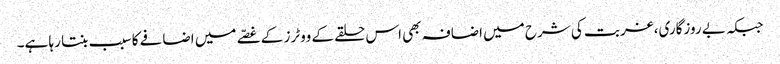
جبکہ بے روزگاری،غربت کی شرح میں اضافہ بھی اس حلقے کے ووٹرز کے غصّے میں اضافے کا سبب بنتا رہا ہے۔